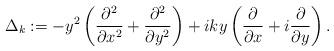
LaTeX: \begin{align*}\Delta_k := -y^2\left( \frac{\partial^2}{\partial x^2} +\frac{\partial^2}{\partial y^2}\right) + iky\left(\frac{\partial}{\partial x}+i \frac{\partial}{\partial y}\right).\end{align*}